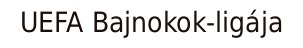
UEFA Bajnokok-ligája